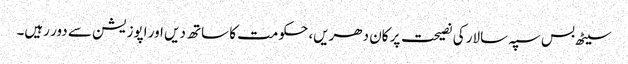
سیٹھ بس سپہ سالار کی نصیحت پر کان دھریں، حکومت کا ساتھ دیں اور اپوزیشن سے دور رہیں۔